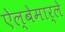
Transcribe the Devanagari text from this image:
ऐल्बेमार्ले